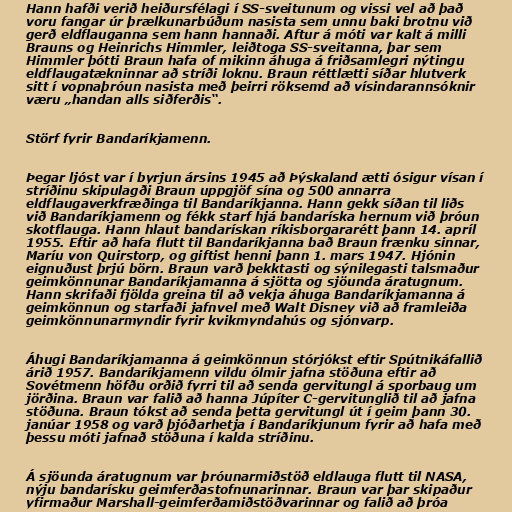
Hann hafði verið heiðursfélagi í SS-sveitunum og vissi vel að það
voru fangar úr þrælkunarbúðum nasista sem unnu baki brotnu við
gerð eldflauganna sem hann hannaði. Aftur á móti var kalt á milli
Brauns og Heinrichs Himmler, leiðtoga SS-sveitanna, þar sem
Himmler þótti Braun hafa of mikinn áhuga á friðsamlegri nýtingu
eldflaugatækninnar að stríði loknu. Braun réttlætti síðar hlutverk
sitt í vopnaþróun nasista með þeirri röksemd að vísindarannsóknir
væru „handan alls siðferðis“.

Störf fyrir Bandaríkjamenn.

Þegar ljóst var í byrjun ársins 1945 að Þýskaland ætti ósigur vísan í
stríðinu skipulagði Braun uppgjöf sína og 500 annarra
eldflaugaverkfræðinga til Bandaríkjanna. Hann gekk síðan til liðs
við Bandaríkjamenn og fékk starf hjá bandaríska hernum við þróun
skotflauga. Hann hlaut bandarískan ríkisborgararétt þann 14. apríl
1955. Eftir að hafa flutt til Bandaríkjanna bað Braun frænku sinnar,
Maríu von Quirstorp, og giftist henni þann 1. mars 1947. Hjónin
eignuðust þrjú börn. Braun varð þekktasti og sýnilegasti talsmaður
geimkönnunar Bandaríkjamanna á sjötta og sjöunda áratugnum.
Hann skrifaði fjölda greina til að vekja áhuga Bandaríkjamanna á
geimkönnun og starfaði jafnvel með Walt Disney við að framleiða
geimkönnunarmyndir fyrir kvikmyndahús og sjónvarp.

Áhugi Bandaríkjamanna á geimkönnun stórjókst eftir Spútnikáfallið
árið 1957. Bandaríkjamenn vildu ólmir jafna stöðuna eftir að
Sovétmenn höfðu orðið fyrri til að senda gervitungl á sporbaug um
jörðina. Braun var falið að hanna Júpíter C-gervitunglið til að jafna
stöðuna. Braun tókst að senda þetta gervitungl út í geim þann 30.
janúar 1958 og varð þjóðarhetja í Bandaríkjunum fyrir að hafa með
þessu móti jafnað stöðuna í kalda stríðinu.

Á sjöunda áratugnum var þróunarmiðstöð eldlauga flutt til NASA,
nýju bandarísku geimferðastofnunarinnar. Braun var þar skipaður
yfirmaður Marshall-geimferðamiðstöðvarinnar og falið að þróa